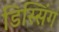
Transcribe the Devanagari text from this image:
डिस्सिंग